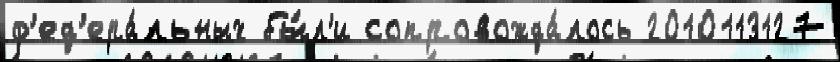
ф'ед'ера́льных бы́л'и сопровожда́лось 2010113127